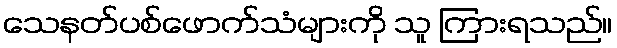
သေနတ်ပစ်ဖောက်သံများကို သူ ကြားရသည်။